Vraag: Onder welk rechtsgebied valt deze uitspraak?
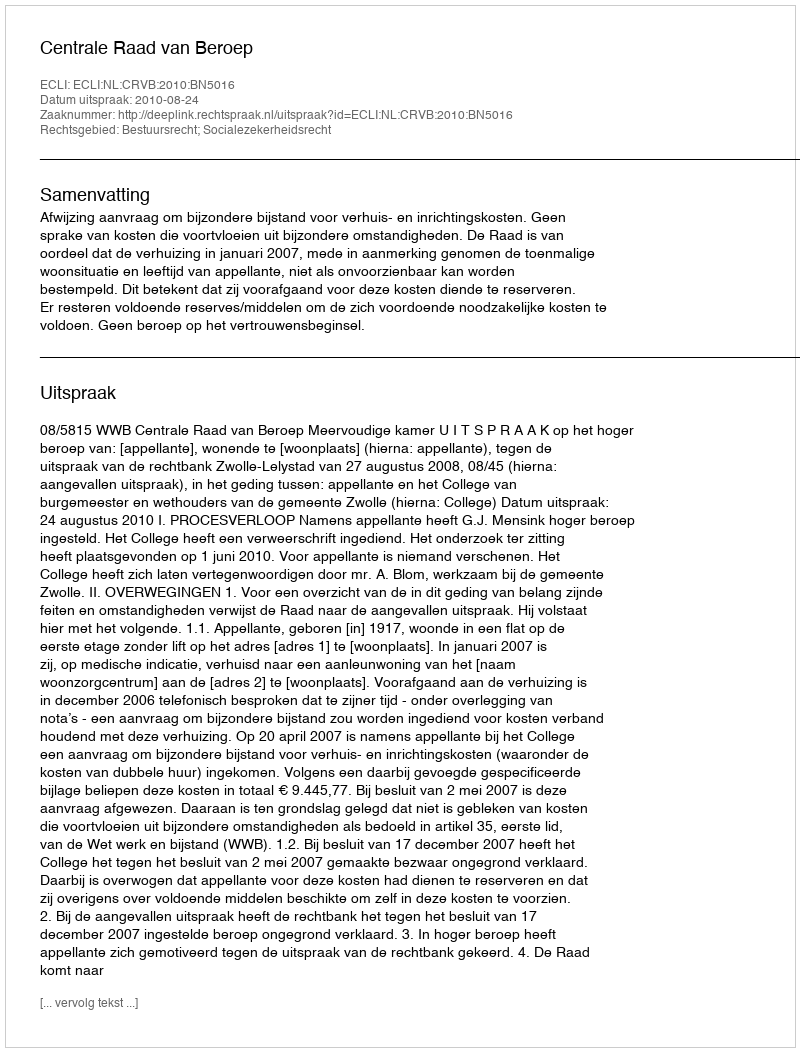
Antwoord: Bestuursrecht; Socialezekerheidsrecht